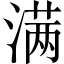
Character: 满